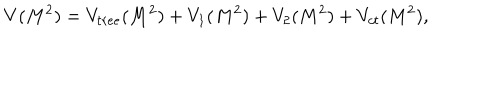
V ( M ^ { 2 } ) = V _ { t r e e } ( M ^ { 2 } ) + V _ { 1 } ( M ^ { 2 } ) + V _ { 2 } ( M ^ { 2 } ) + V _ { c t } ( M ^ { 2 } ) ,